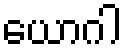
ယောဂါ